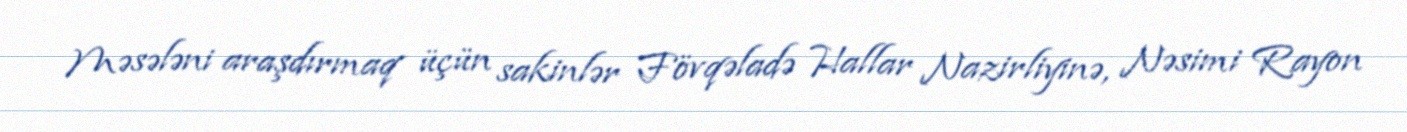
Məsələni araşdırmaq üçün sakinlər Fövqəladə Hallar Nazirliyinə, Nəsimi Rayon